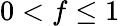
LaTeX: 0<f\le 1